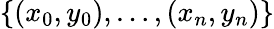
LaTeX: \{ (x_{0},y_{0}),\dotsc,(x_{n},y_{n})\}